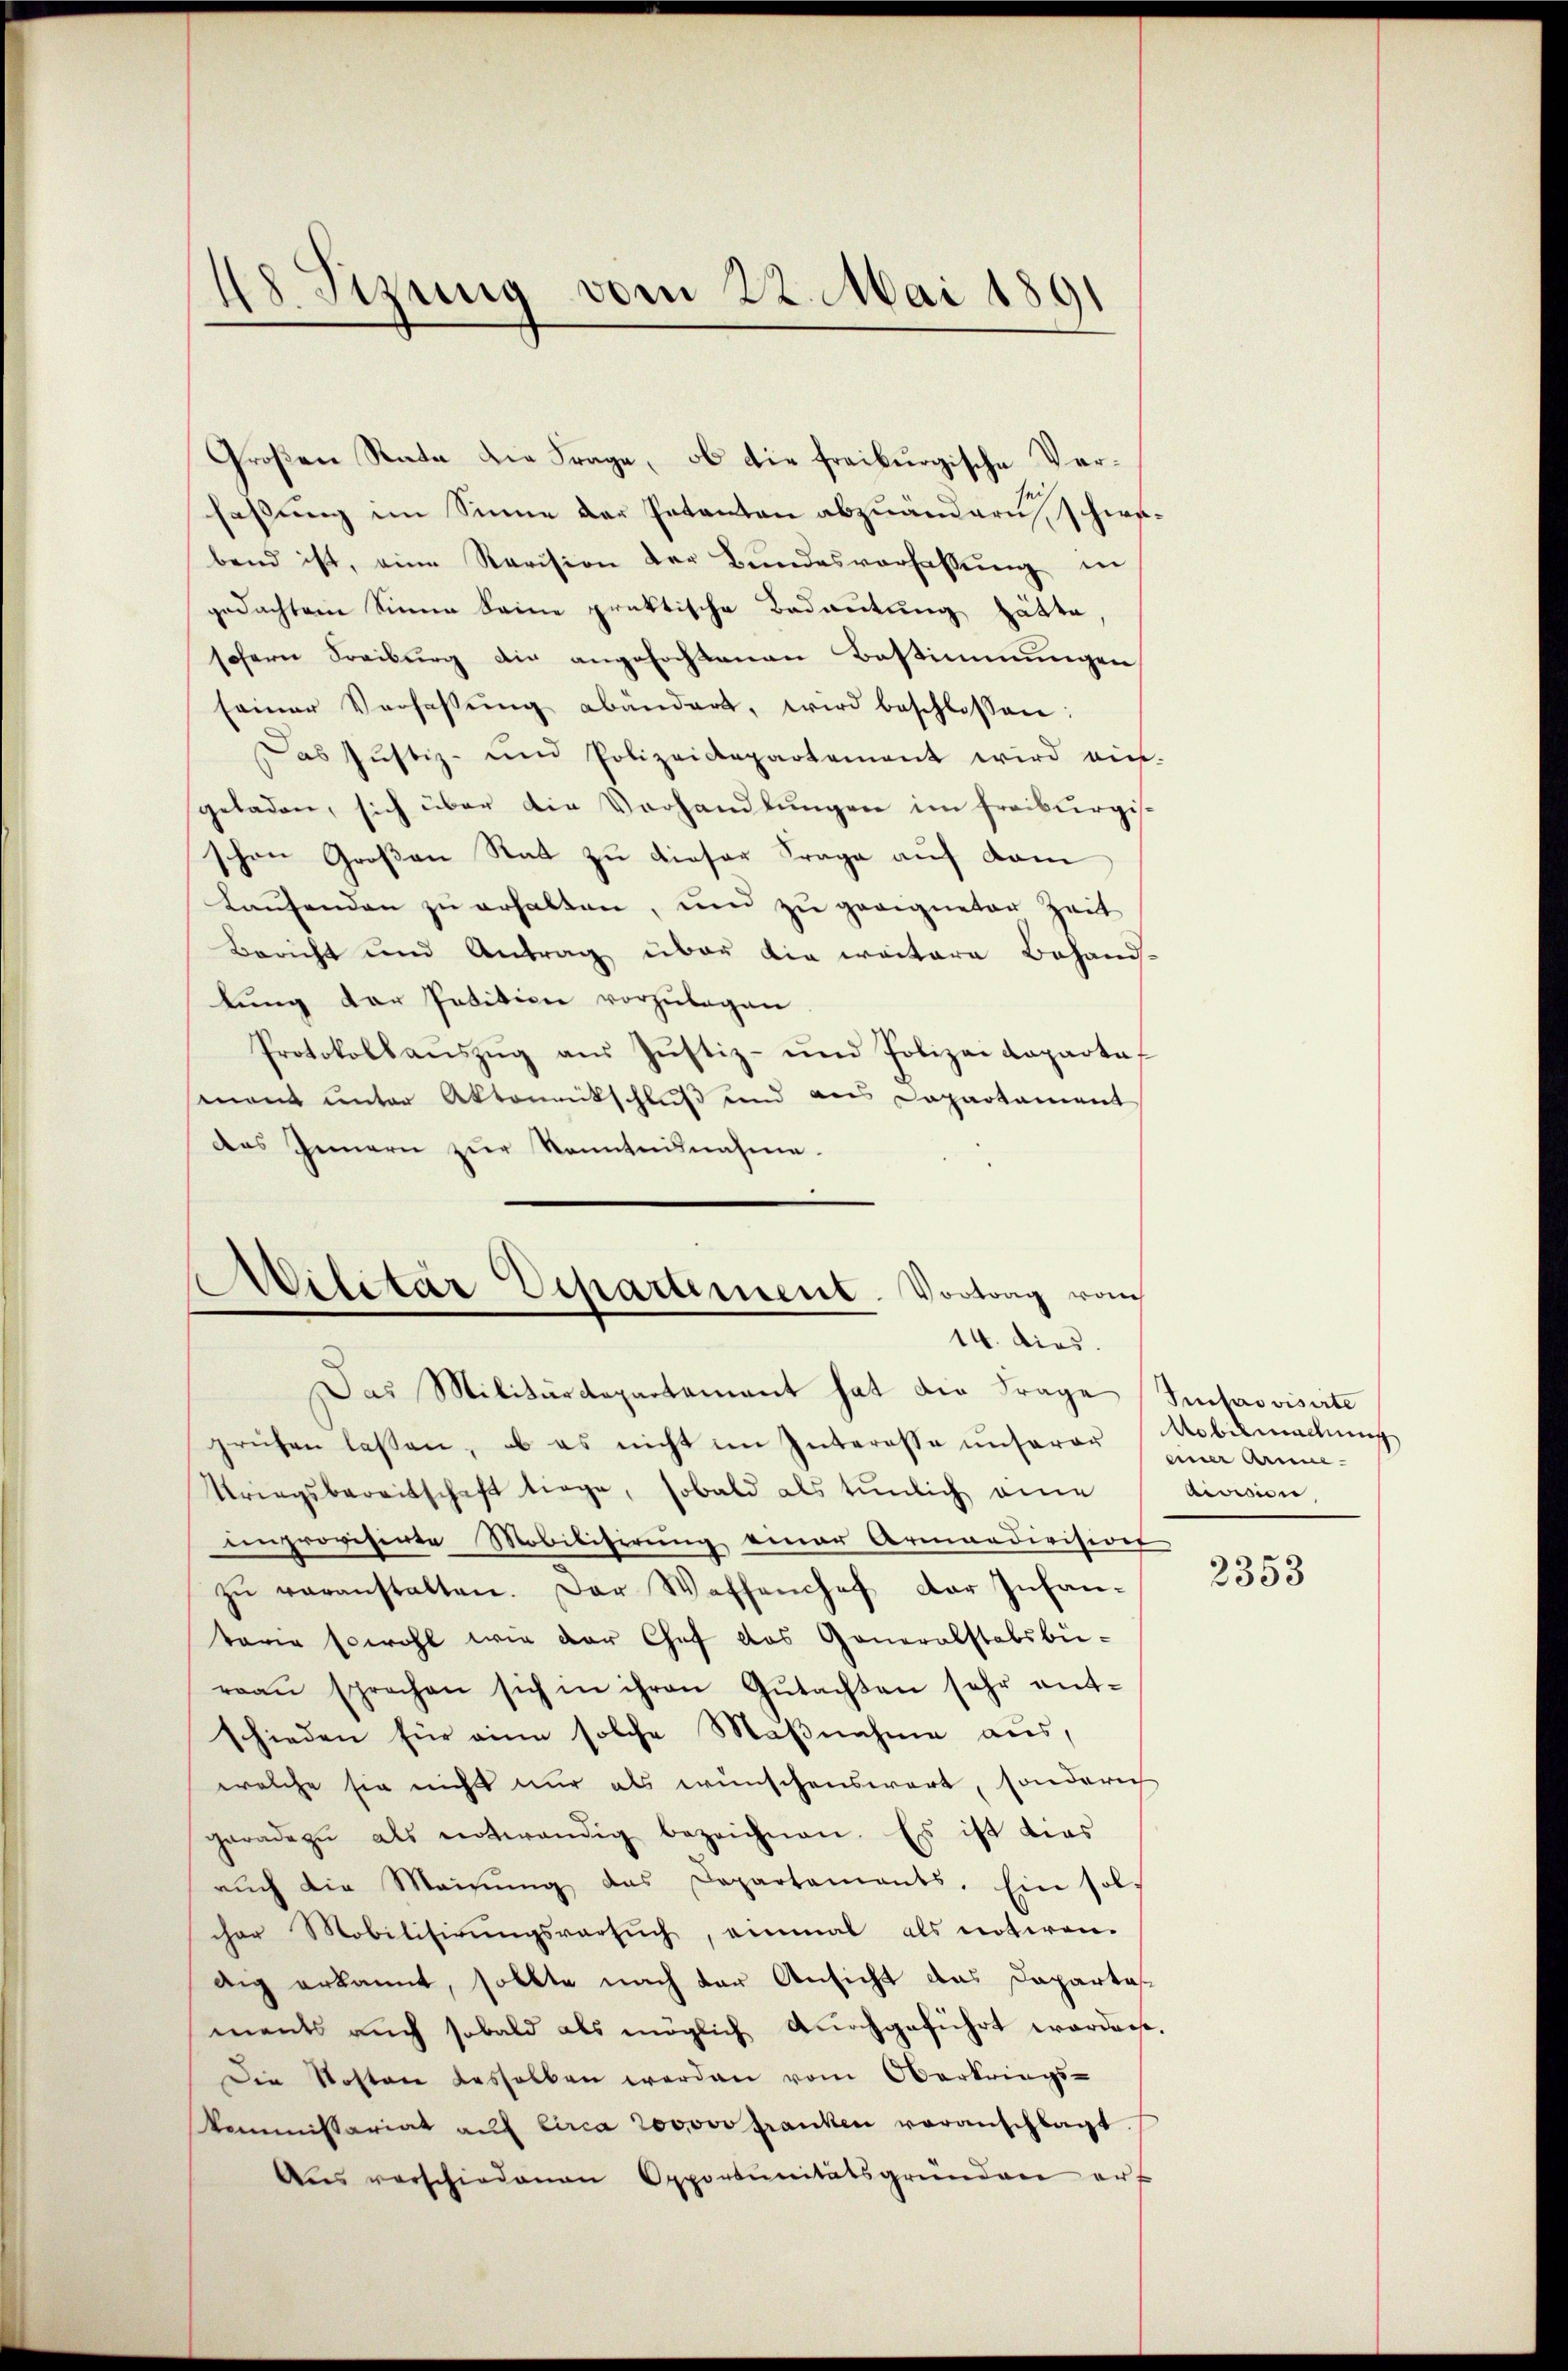
48 Sizung vom 22. Mai 1891

Großen Rata die Frage, ob die freiburgische Verfassung im Sinne der Petenten abzuändern, schwebend ist, eine Revision der Bŭndesverfassŭng in
gedachtem Sinne seine praktische Bedeutung hätte,
schern Freiburg die angefochtenen Bestimmungen
seiner Verfassŭng abändert, wird beschlossen:
Das Justiz- und Polizeidepartement wird ein-
geladen, sich über die Vorhandlungen im Freiburgisschon Großen Rat zu dieser Frage auf dem
Laufenden zu erhalten, und zu geeigneten Zeit
Bericht und Antrag über die weitere Behand-
lung der Petition vorzulegen
Protokollaŭszŭg aŭs Jŭstiz- und Polizeidepartaf
mont unter Aktenentschluß und aus Departament
das Innern zŭr Kenntnisnahme.

Militär Departement. Vortrag vom
14. dies.
Das Militärdepartamant hat die Frage Improvisirte

prüfen lassen, ob es nicht im Interesse unserer einer Arne-
Kriegsbereitschaft trage, sobald als tŭnlich eine
improvisirte Mobilisirung einer Armandivision
zŭ veranstalten. Der Waffenhof der Infantaria sowohl wie der Chef das Generalstabsbü-
raaŭ sprechen sich in ihren Gŭtachten sehr ent-
schieden für eine solche Maßnahme aus,
welche sie nicht nur als wünschenswert, sonderich
geradezu als notwendig bezeichnen. Es ist dies
ruch die Meinung das Departamants. Ein sol
cher Mobilisirungsversuch, einmal als notiren.
dig erkannt, sollte nach der Ansicht das Dapartasments auch sobald als möglich durchgeführt worders.
Die Kosten deshalben werden vom Oberbrings-
kommissariat auf circa 200000 franken voranschlagt.
Aŭs verschiedenen Opportŭnitätsgründen erf

Nobelmachung
division,

2353